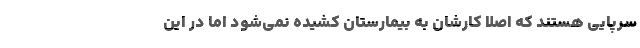
سرپایی هستند که اصلاً کارشان به بیمارستان کشیده نمی‌شود اما در این